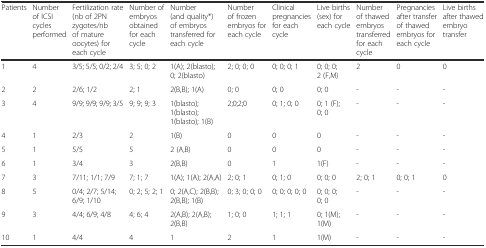
<table><thead><tr><td><b>Patients</b></td><td><b>Number of ICSI cycles performed</b></td><td><b>Fertilization rate (nb of 2PN zygotes/nb of mature oocytes) for each cycle</b></td><td><b>Number of embryos obtained for each cycle</b></td><td><b>Number (and quality*) of embryos transferred for each cycle</b></td><td><b>Number of frozen embryos for each cycle</b></td><td><b>Clinical pregnancies for each cycle</b></td><td><b>Live births (sex) for each cycle</b></td><td><b>Number of thawed embryos transferred for each cycle</b></td><td><b>Pregnancies after transfer of thawed embryos for each cycle</b></td><td><b>Live births after thawed embryo transfer</b></td></tr></thead><tbody><tr><td>1</td><td>4</td><td>3/5; 5/5; 0/2; 2/4</td><td>3; 5; 0; 2</td><td>1(A); 2(blasto); 0; 2(blasto)</td><td>2; 0; 0; 0</td><td>0; 0; 0; 1</td><td>0; 0; 0; 2 (F,M)</td><td>2</td><td>0</td><td>0</td></tr><tr><td>2</td><td>2</td><td>2/6; 1/2</td><td>2; 1</td><td>2(B,B); 1(A)</td><td>0; 0</td><td>0; 0</td><td>0; 0</td><td>-</td><td>-</td><td>-</td></tr><tr><td>3</td><td>4</td><td>9/9; 9/9; 9/9; 3/5</td><td>9; 9; 9; 3</td><td>1(blasto); 1(blasto); 1(blasto); 1(B)</td><td>2;0;2;0</td><td>0; 1; 0; 0</td><td>0; 1 (F); 0; 0</td><td>-</td><td>-</td><td>-</td></tr><tr><td>4</td><td>1</td><td>2/3</td><td>2</td><td>1(B)</td><td>0</td><td>0</td><td>0</td><td>-</td><td>-</td><td>-</td></tr><tr><td>5</td><td>1</td><td>5/5</td><td>5</td><td>2 (A,B)</td><td>0</td><td>0</td><td>0</td><td>-</td><td>-</td><td>-</td></tr><tr><td>6</td><td>1</td><td>3/4</td><td>3</td><td>2(B,B)</td><td>0</td><td>1</td><td>1(F)</td><td>-</td><td>-</td><td>-</td></tr><tr><td>7</td><td>3</td><td>7/11; 1/1; 7/9</td><td>7; 1; 7</td><td>1(A); 1(A); 2(A,A)</td><td>2; 0; 1</td><td>0; 1; 0</td><td>0; 0; 0</td><td>2; 0; 1</td><td>0; 0; 1</td><td>0</td></tr><tr><td>8</td><td>5</td><td>0/4; 2/7; 5/14; 6/9; 1/10</td><td>0; 2; 5; 2; 1</td><td>0; 2(A,C); 2(B,B); 2(B,B); 1(B)</td><td>0; 3; 0; 0; 0</td><td>0; 0; 0; 0; 0</td><td>0; 0; 0; 0; 0</td><td>-</td><td>-</td><td>-</td></tr><tr><td>9</td><td>3</td><td>4/4; 6/9; 4/8</td><td>4; 6; 4</td><td>2(A,B); 2(A,B); 2(B,B)</td><td>1; 0; 0</td><td>1; 1; 1</td><td>0; 1(M); 1(M)</td><td>-</td><td>-</td><td>-</td></tr><tr><td>10</td><td>1</td><td>4/4</td><td>4</td><td>1</td><td>2</td><td>1</td><td>1(M)</td><td>-</td><td>-</td><td>-</td></tr></tbody></table>